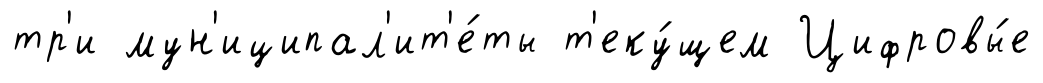
тр'и мун'иципал'ит'е́ты т'еку́щем Цифровы́е